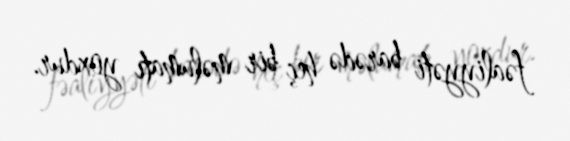
fəaliyyəti barədə heç bir məlumatı yoxdur.